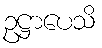
ဥဋ္ဌာပေသိ